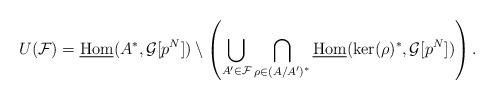
LaTeX: \begin{align*}U({\mathcal F})=\underline{\mathrm{Hom}}(A^*,{\mathcal G}[p^N])\setminus\left( \bigcup_{A'\in{\mathcal F}}\bigcap_{\rho\in(A/A')^*} \underline{\mathrm{Hom}}(\mathrm{ker}(\rho)^*,{\mathcal G}[p^N]) \right).\end{align*}